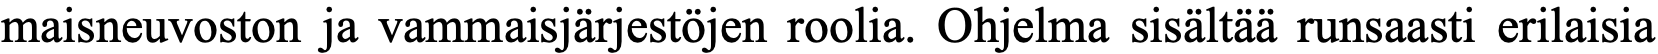
maisneuvoston ja vammaisjärjestöjen roolia. Ohjelma sisältää runsaasti erilaisia